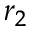
r _ { 2 }